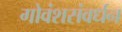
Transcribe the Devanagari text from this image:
गोवंशसंवर्धन